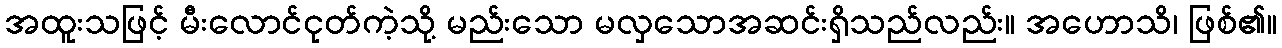
အထူးသဖြင့် မီးလောင်ငုတ်ကဲ့သို့ မည်းသော မလှသောအဆင်းရှိသည်လည်း။ အဟောသိ၊ ဖြစ်၏။